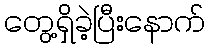
တွေ့ရှိခဲ့ပြီးနောက်